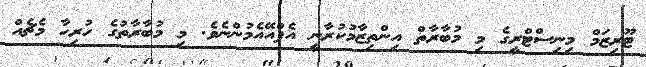
ޓޫރިޒަމް މިނިސްޓްރީގެ މި މުބާރާތް އިންތިޒާމުކުރާނީ އެފްއޭއެމުންނެވެ. މި މުބާރާތުގެ ހުރިހާ މެޗެއް